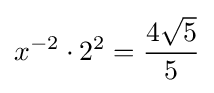
x^{-2}\cdot 2^{2}={\frac {4{\sqrt {5}}}{5}}